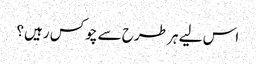
اس لیے ہر طرح سے چوکس رہیں؟